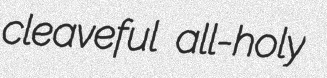
cleaveful all-holy